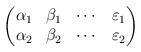
LaTeX: \begin{align*}\begin{pmatrix}\alpha_1 & \beta_1 & \cdots & \varepsilon_1 \\\alpha_2 & \beta_2 & \cdots & \varepsilon_2 \end{pmatrix}\end{align*}